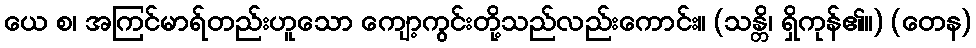
ယေ စ၊ အကြင်မာရ်တည်းဟူသော ကျော့ကွင်းတို့သည်လည်းကောင်း။ (သန္တိ၊ ရှိကုန်၏။) (တေန)